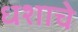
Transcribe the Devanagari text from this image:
धशाचे